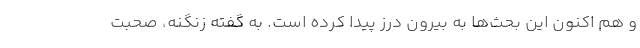
و هم اکنون این بحث‌ها به بیرون درز پیدا کرده است. به گفته زنگنه، صحبت